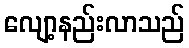
လျော့နည်းလာသည်